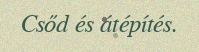
Csőd és átépítés.